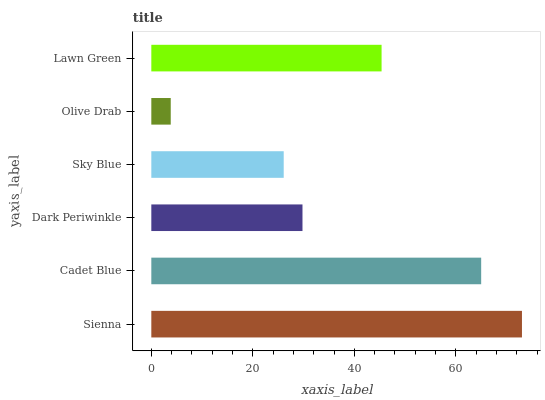
| yaxis_label | bars |
 | --- | --- |
 | Sienna | 73 |
 | Cadet Blue | 65 |
 | Dark Periwinkle | 29.8 |
 | Sky Blue | 26.1 |
 | Olive Drab | 3.83 |
 | Lawn Green | 45.4 |